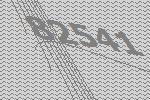
82541